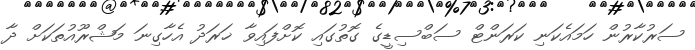
ސަރުކާރުން ހަމައެކަނި ކަރަންޓް ސަބްސިޑީގެ ގޮތުގައި ކޮށްފައިވާ ޚަރަދު އެހާގިނަ މަޝްރޫއުތަކަށް ދާ